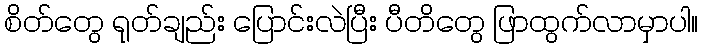
စိတ်တွေ ရုတ်ချည်း ပြောင်းလဲပြီး ပီတိတွေ ဖြာထွက်လာမှာပါ။